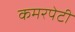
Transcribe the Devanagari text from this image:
कमरपेटी